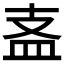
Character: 𥁈